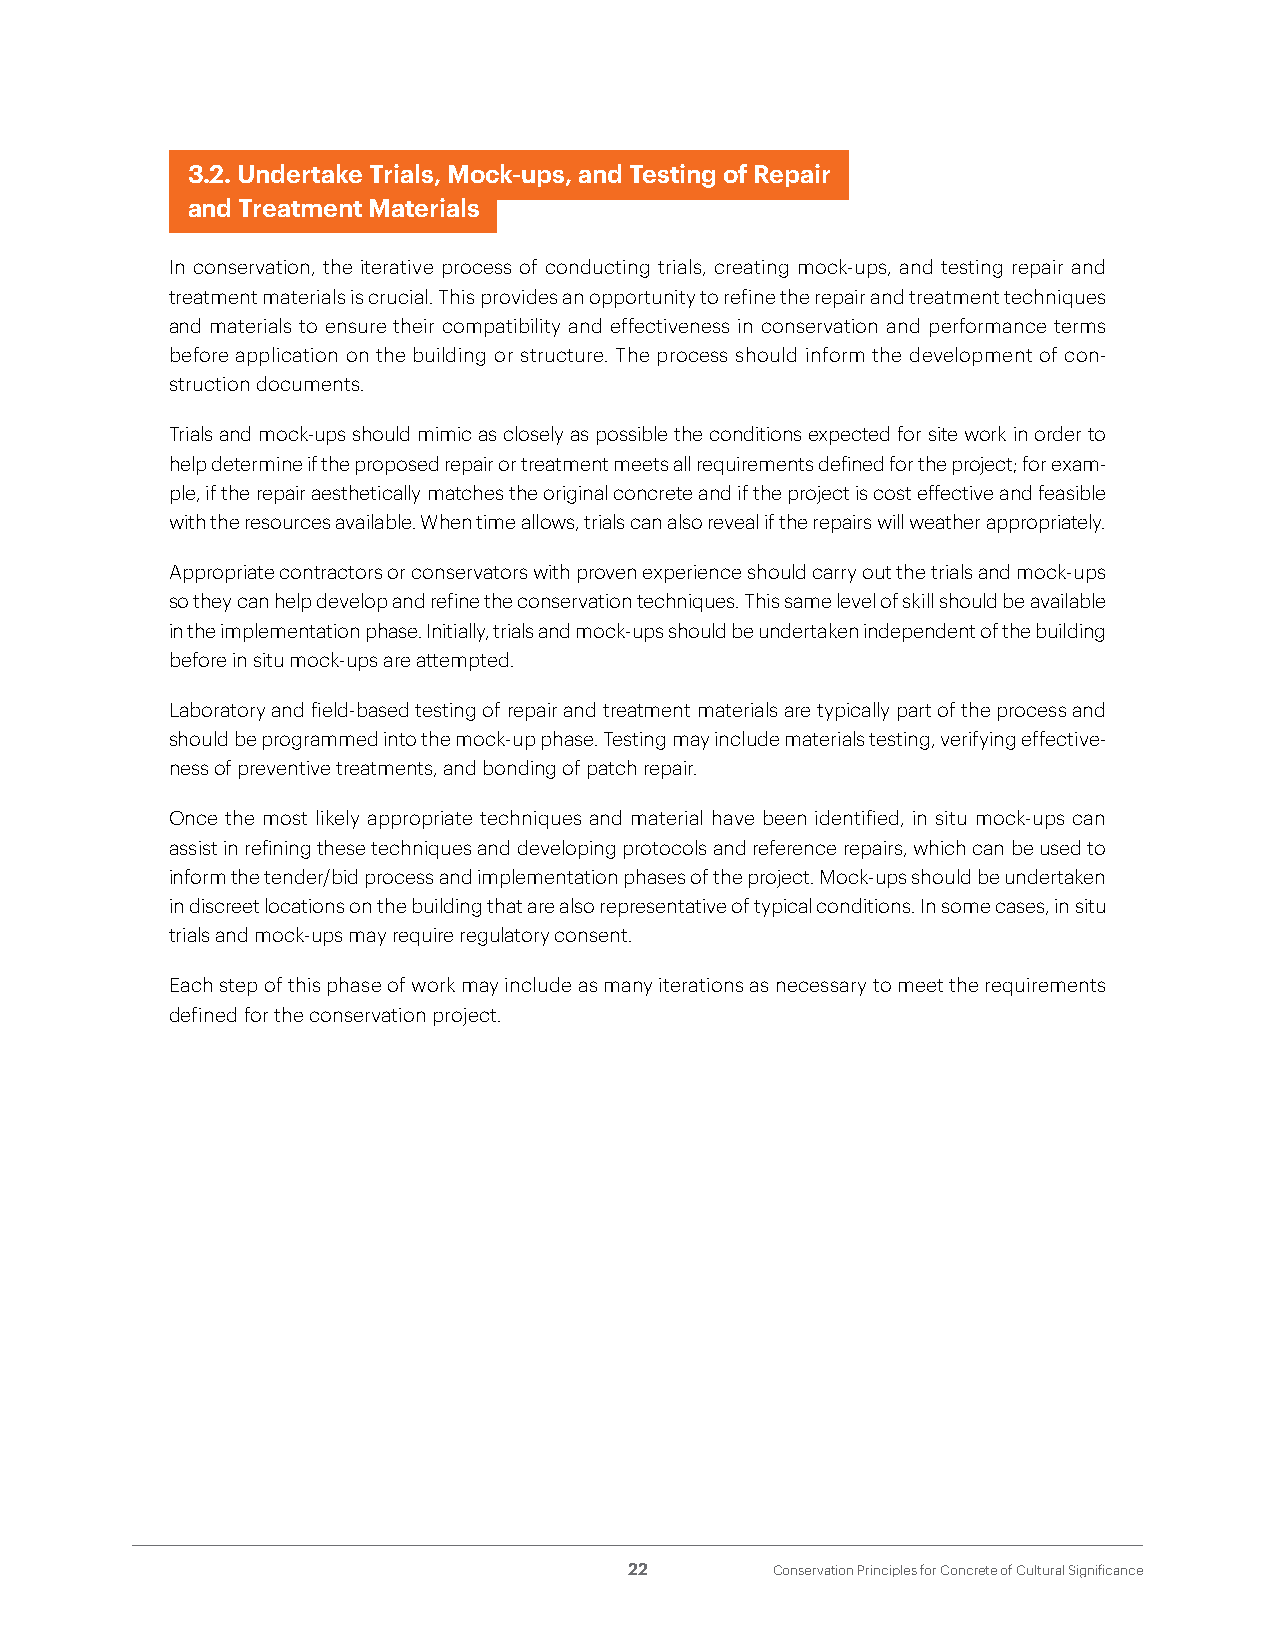
3.2. Undertake Trials, Mock-ups, and Testing of Repair
 and Treatment Materials
 In conservation, the iterative process of conducting trials, creating mock-ups, and testing repair and
 treatment materials is crucial. This provides an opportunity to refine the repair and treatment techniques
 and materials to ensure their compatibility and effectiveness in conservation and performance terms
 before application on the building or structure. The process should inform the development of con-
 struction documents.
 Trials and mock-ups should mimic as closely as possible the conditions expected for site work in order to
 help determine if the proposed repair or treatment meets all requirements defined for the project; for exam-
 ple, if the repair aesthetically matches the original concrete and if the project is cost effective and feasible
 with the resources available. When time allows, trials can also reveal if the repairs will weather appropriately.
 Appropriate contractors or conservators with proven experience should carry out the trials and mock-ups
 so they can help develop and refine the conservation techniques. This same level of skill should be available
 in the implementation phase. Initially, trials and mock-ups should be undertaken independent of the building
 before in situ mock-ups are attempted.
 Laboratory and field-based testing of repair and treatment materials are typically part of the process and
 should be programmed into the mock-up phase. Testing may include materials testing, verifying effective-
 ness of preventive treatments, and bonding of patch repair.
 Once the most likely appropriate techniques and material have been identified, in situ mock-ups can
 assist in refining these techniques and developing protocols and reference repairs, which can be used to
 inform the tender/bid process and implementation phases of the project. Mock-ups should be undertaken
 in discreet locations on the building that are also representative of typical conditions. In some cases, in situ
 trials and mock-ups may require regulatory consent.
 Each step of this phase of work may include as many iterations as necessary to meet the requirements
 defined for the conservation project.
 22       Conservation Principles for Concrete of Cultural Significance